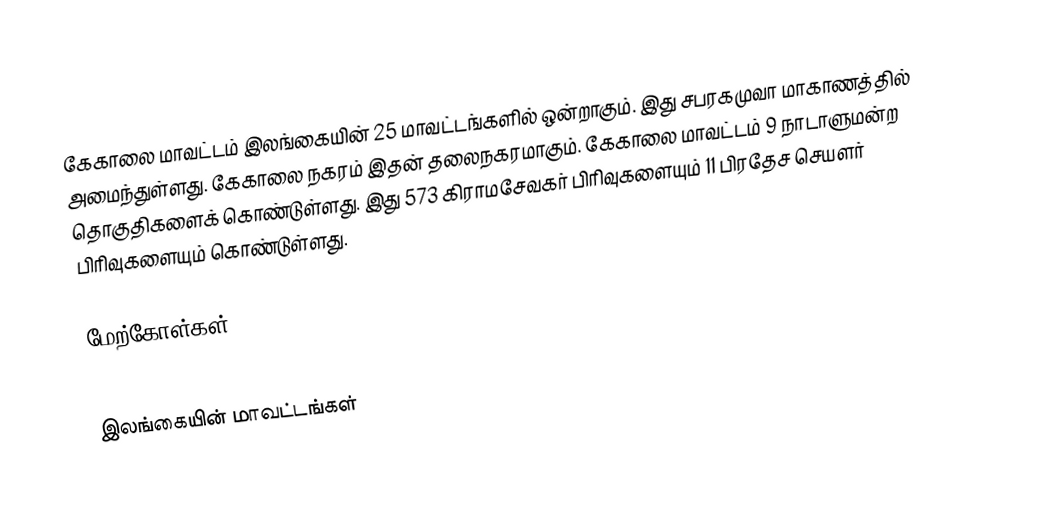
கேகாலை மாவட்டம் இலங்கையின் 25 மாவட்டங்களில் ஒன்றாகும். இது சபரகமுவா மாகாணத்தில் அமைந்துள்ளது. கேகாலை நகரம் இதன் தலைநகரமாகும். கேகாலை மாவட்டம் 9 நாடாளுமன்ற தொகுதிகளைக் கொண்டுள்ளது. இது  573 கிராமசேவகர் பிரிவுகளையும் 11 பிரதேச செயளர் பிரிவுகளையும் கொண்டுள்ளது.

மேற்கோள்கள்

இலங்கையின் மாவட்டங்கள்